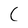
Character: C